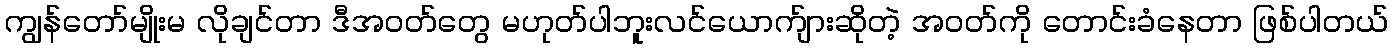
ကျွန်တော်မျိုးမ လိုချင်တာ ဒီအဝတ်တွေ မဟုတ်ပါဘူးလင်ယောက်ျားဆိုတဲ့ အဝတ်ကို တောင်းခံနေတာ ဖြစ်ပါတယ်